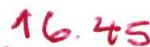
16.45